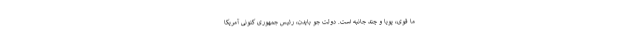
ما قوی، پویا و چند جانبه است. دولت جو بایدن، رئیس جمهوری کنونی آمریکا